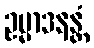
ဥမ္မာဒနန္တံ